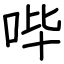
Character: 哔